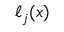
\ell _ { j } ( x )